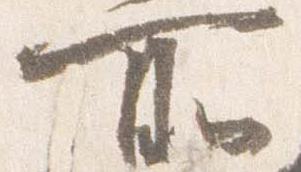
所